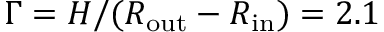
\Gamma = H / ( R _ { \mathrm { o u t } } - R _ { \mathrm { i n } } ) = 2 . 1